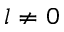
l \neq 0